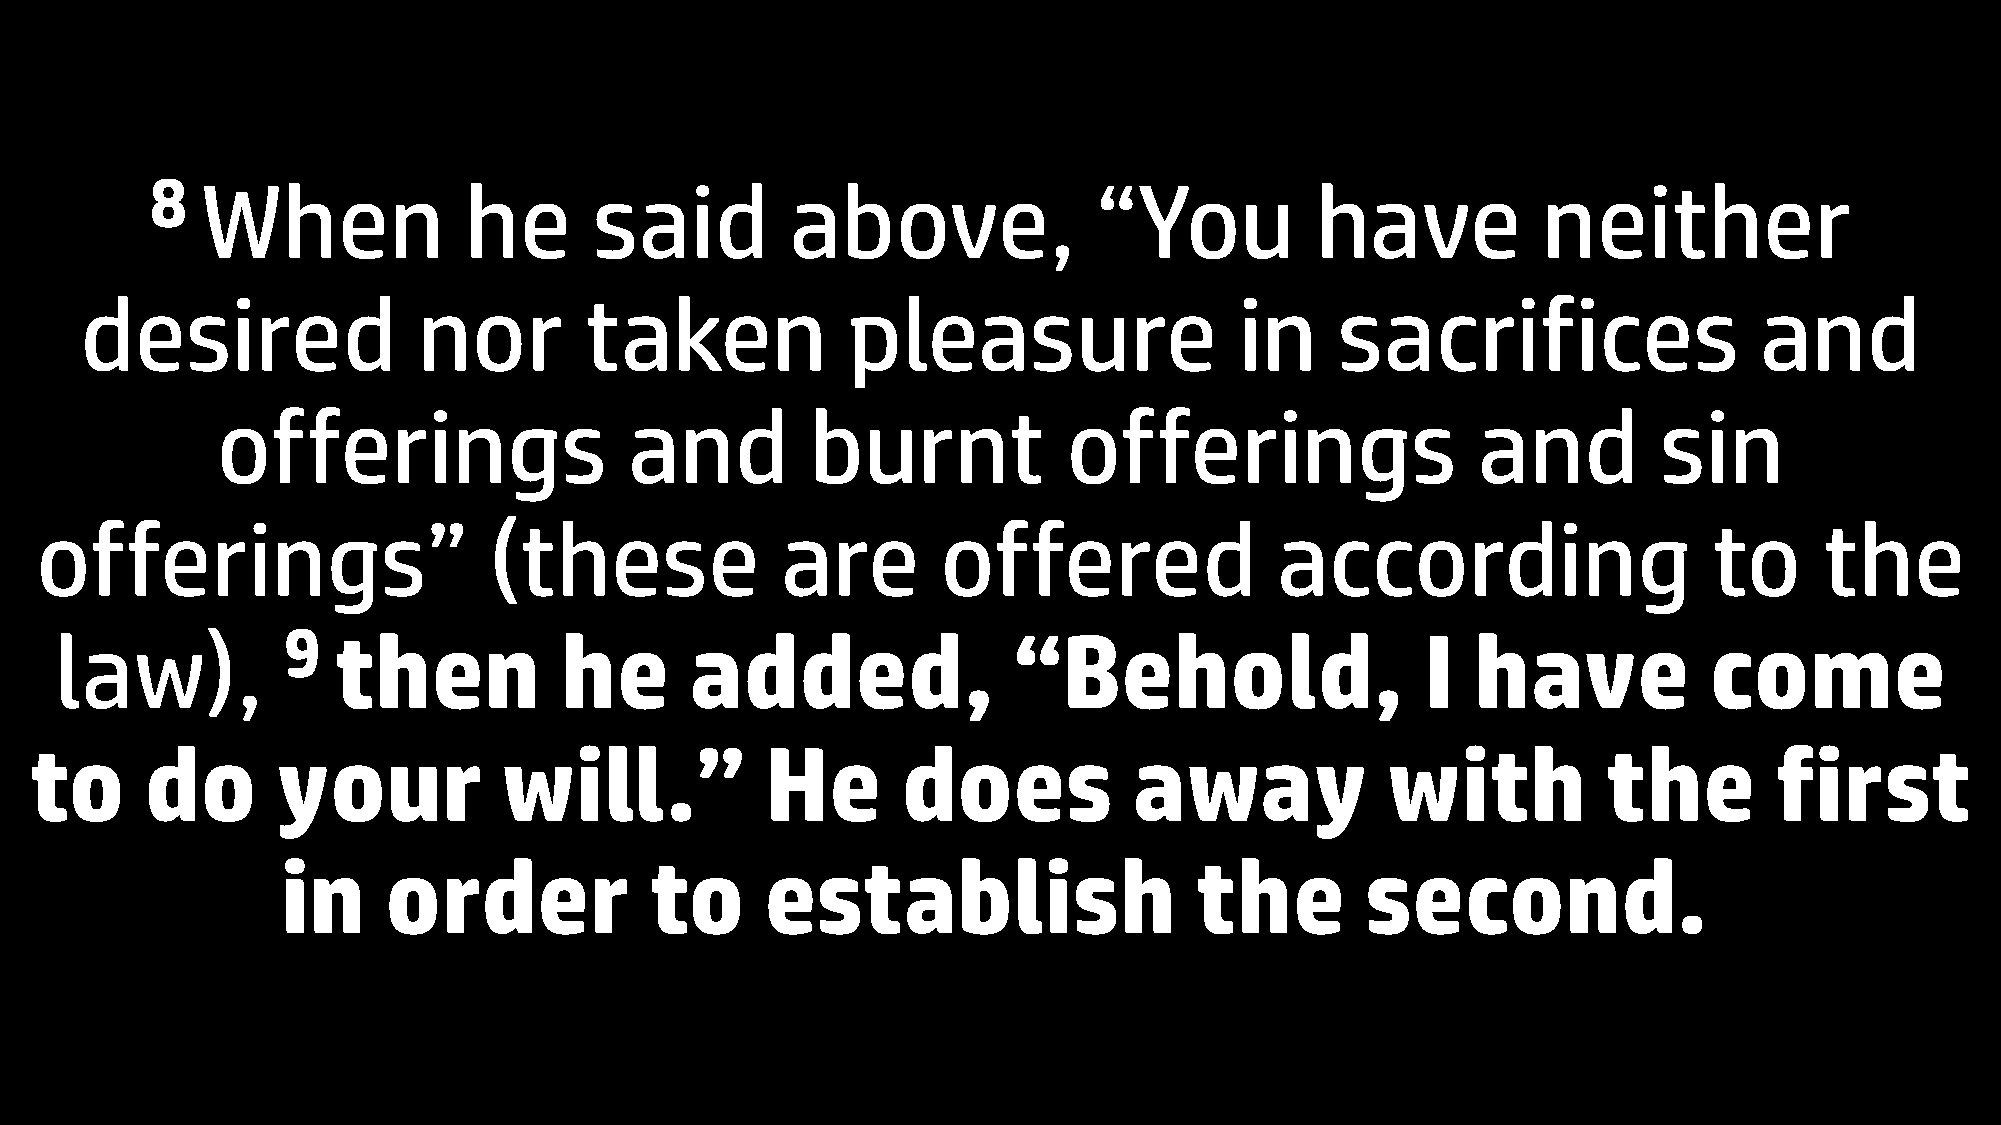
8  When              he      said         above,               “You          have           neither
 desired                nor        taken            pleasure                  in    sacrifices                  and
 offerings                   and         burnt            offerings                  and         sin
 offerings”                    (these              are       offered               according                    to      the
 law),          9  then           he       added,               “Behold,                   I   have           come
 to      do      your           will.”            He       does           away             with          the        first
 in    order             to      establish                   the        second.